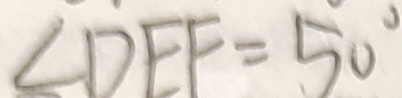
\angle D E F = 5 0 ^ { \circ }